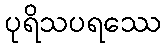
ပုရိသပရဿေ